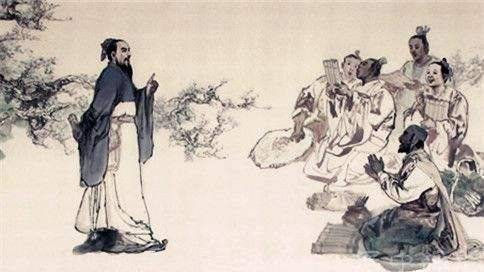
目之于色也，有同美焉。